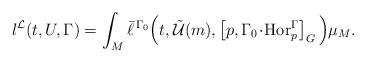
LaTeX: \begin{align*}l^\mathcal{L}(t,U,\Gamma)=\int_M\bar\ell^{\,\Gamma_0}\Big(t,\tilde{\mathcal{U}}(m),\left[p,\Gamma_0\!\cdot\!\operatorname{Hor}^\Gamma_p\right]_G\Big)\mu_M.\end{align*}